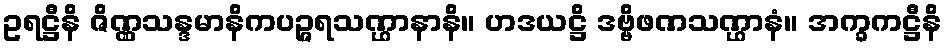
ဥရဋ္ဌီနိ ဇိဏ္ဏသန္ဒမာနိကပဉ္ဇရသဏ္ဌာနာနိ။ ဟဒယဋ္ဌိ ဒဗ္ဗိဖဏသဏ္ဌာနံ။ အက္ခကဋ္ဌီနိ